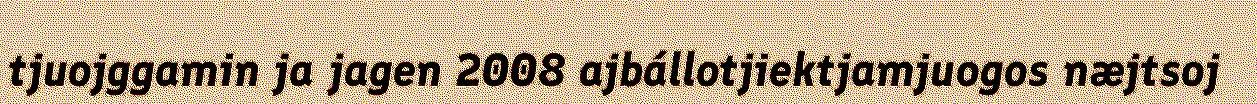
tjuojggamin ja jagen 2008 ajbállotjiektjamjuogos næjtsoj